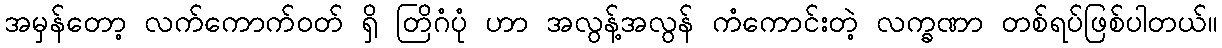
အမှန်တော့ လက်ကောက်ဝတ် ရှိ တြိဂံပုံ ဟာ အလွန့်အလွန် ကံကောင်းတဲ့ လက္ခဏာ တစ်ရပ်ဖြစ်ပါတယ်။